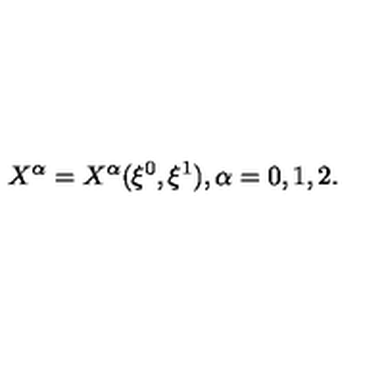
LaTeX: X ^ { \alpha } = X ^ { \alpha } ( \xi ^ { 0 } , \xi ^ { 1 } ) , \alpha = 0 , 1 , 2 .